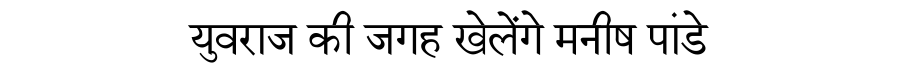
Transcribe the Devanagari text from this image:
युवराज की जगह खेलेंगे मनीष पांडे